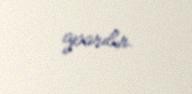
aparılır.